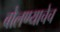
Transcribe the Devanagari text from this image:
बोलण्याचेच